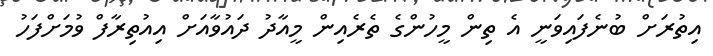
އިތުރަށް ބުނެފައިވަނީ އެ ތިން މީހުންގެ ތެރެއިން މީއާދު ދައުވާއަށް އިއުތިރާފް ވުމަށްފަހު